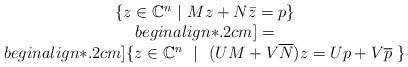
LaTeX: \begin{align*}\begin{array}{c}\{ z \in \mathbb{C}^n ~|~ Mz + N \bar{z} = p \} \\begin{align*}.2cm]= \\begin{align*}.2cm]\{ z \in \mathbb{C}^n ~~|~~ (UM + V\overline{N})z = Up + V\overline{p} ~ \}\end{array}\end{align*}